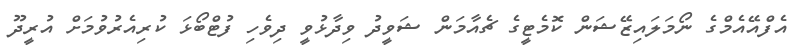
އެފްއޭއެމްގެ ނޯމަލައިޒޭޝަން ކޮމެޓީގެ ޗެއާމަން ޝަވީދު ވިދާޅުވީ ދިވެހި ފުޓްބޯޅަ ކުރިއެރުވުމަށް އުރީދޫ